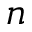
n